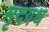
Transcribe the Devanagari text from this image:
मृदगंध